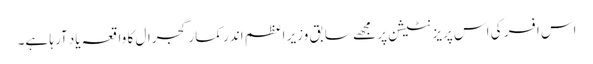
اس افسر کی اس پریزنٹیشن پر مجھے سابق وزیر اعظم اندر کمار گجرال کا واقعہ یاد آرہا ہے۔